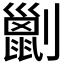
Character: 𠠗